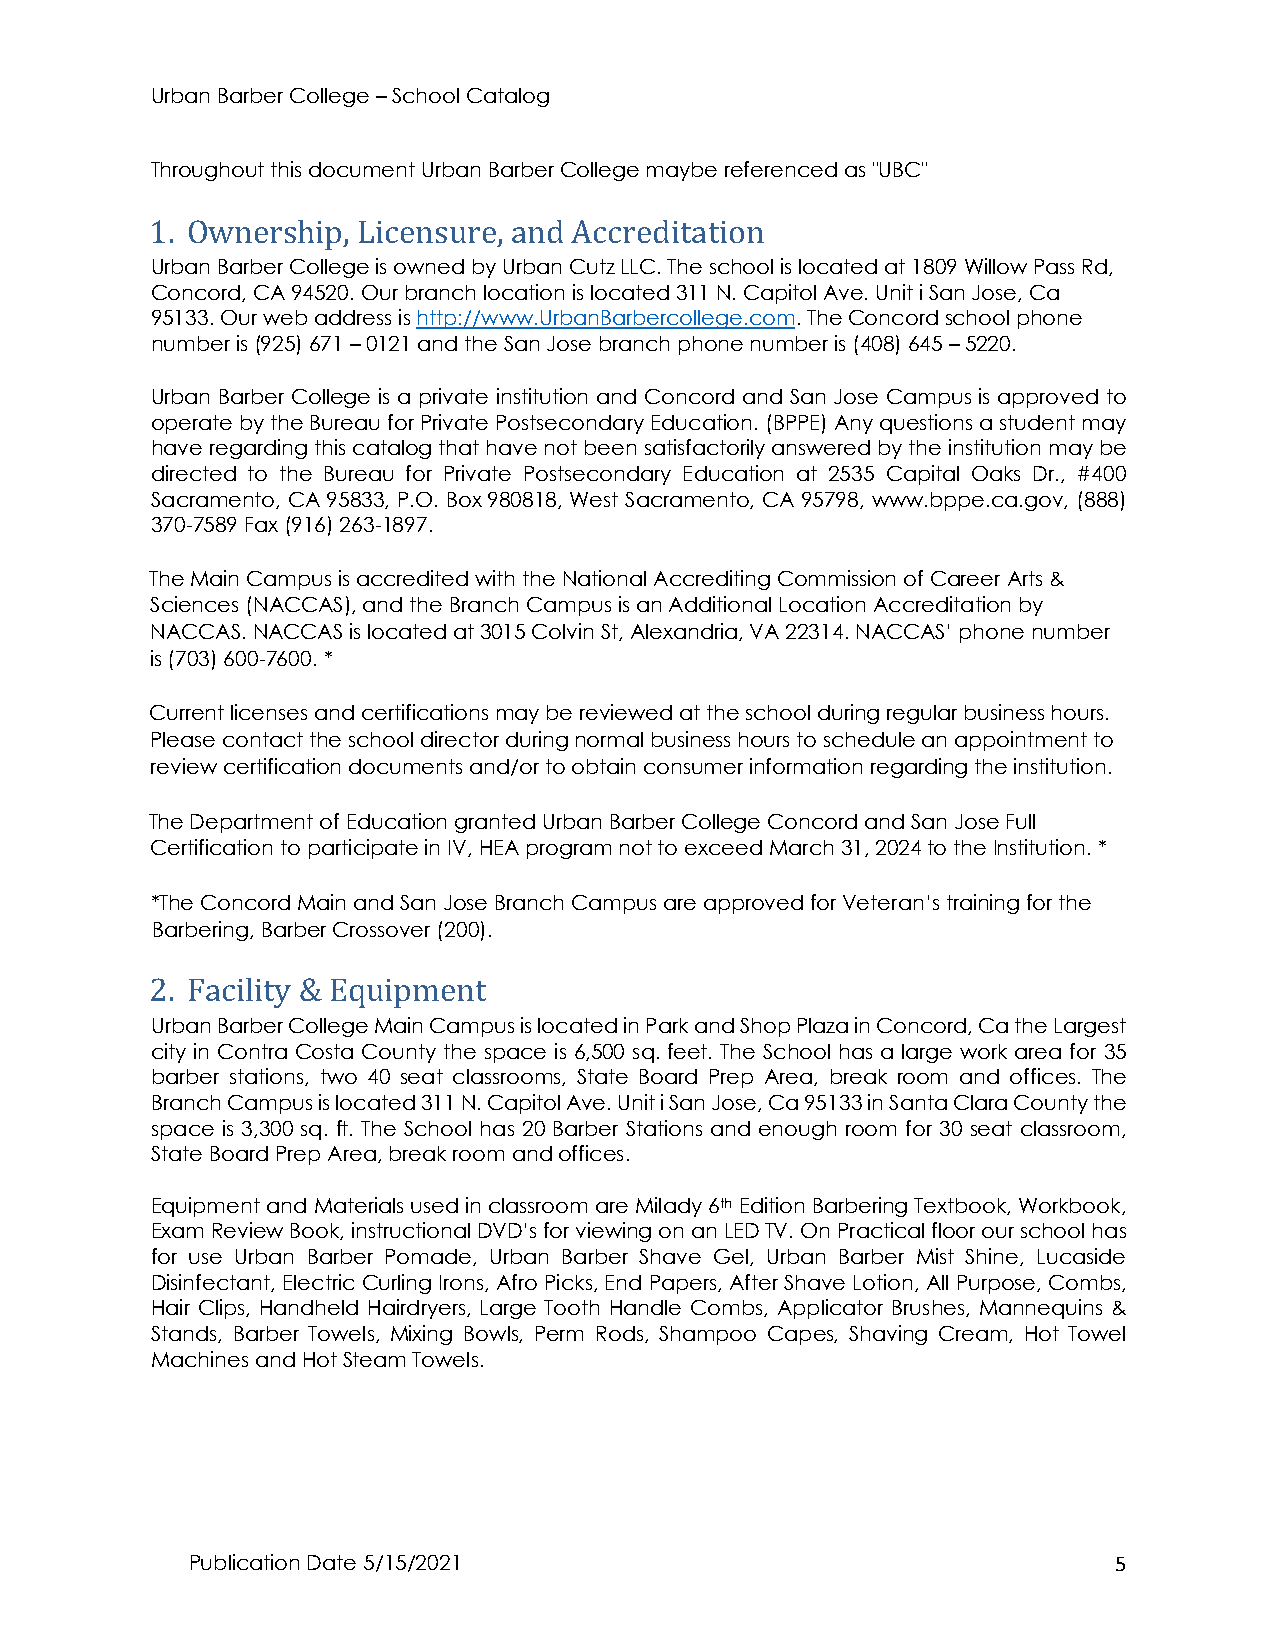
Urban Barber College – School Catalog
 Throughout this document Urban Barber College maybe referenced as "UBC"
 1. Ownership, Licensure, and Accreditation
 Urban Barber College is owned by Urban Cutz LLC. The school is located at 1809 Willow Pass Rd,
 Concord, CA 94520. Our branch location is located 311 N. Capitol Ave. Unit i San Jose, Ca
 95133. Our web address is http://www.UrbanBarbercollege.com. The Concord school phone
 number is (925) 671 – 0121 and the San Jose branch phone number is (408) 645 – 5220.
 Urban Barber College is a private institution and Concord and San Jose Campus is approved to
 operate by the Bureau for Private Postsecondary Education. (BPPE) Any questions a student may
 have regarding this catalog that have not been satisfactorily answered by the institution may be
 directed to the Bureau for Private Postsecondary Education at 2535 Capital Oaks Dr., #400
 Sacramento, CA 95833, P.O. Box 980818, West Sacramento, CA 95798, www.bppe.ca.gov, (888)
 370-7589 Fax (916) 263-1897.
 The Main Campus is accredited with the National Accrediting Commission of Career Arts &
 Sciences (NACCAS), and the Branch Campus is an Additional Location Accreditation by
 NACCAS. NACCAS is located at 3015 Colvin St, Alexandria, VA 22314. NACCAS’ phone number
 is (703) 600-7600. *
 Current licenses and certifications may be reviewed at the school during regular business hours.
 Please contact the school director during normal business hours to schedule an appointment to
 review certification documents and/or to obtain consumer information regarding the institution.
 The Department of Education granted Urban Barber College Concord and San Jose Full
 Certification to participate in IV, HEA program not to exceed March 31, 2024 to the Institution. *
 *The Concord Main and San Jose Branch Campus are approved for Veteran’s training for the
 Barbering, Barber Crossover (200).
 2. Facility & Equipment
 Urban Barber College Main Campus is located in Park and Shop Plaza in Concord, Ca the Largest
 city in Contra Costa County the space is 6,500 sq. feet. The School has a large work area for 35
 barber stations, two 40 seat classrooms, State Board Prep Area, break room and offices. The
 Branch Campus is located 311 N. Capitol Ave. Unit i San Jose, Ca 95133 in Santa Clara County the
 space is 3,300 sq. ft. The School has 20 Barber Stations and enough room for 30 seat classroom,
 State Board Prep Area, break room and offices.
 Equipment and Materials used in classroom are Milady 6th Edition Barbering Textbook, Workbook,
 Exam Review Book, instructional DVD’s for viewing on an LED TV. On Practical floor our school has
 for use Urban Barber Pomade, Urban Barber Shave Gel, Urban Barber Mist Shine, Lucaside
 Disinfectant, Electric Curling Irons, Afro Picks, End Papers, After Shave Lotion, All Purpose, Combs,
 Hair Clips, Handheld Hairdryers, Large Tooth Handle Combs, Applicator Brushes, Mannequins &
 Stands, Barber Towels, Mixing Bowls, Perm Rods, Shampoo Capes, Shaving Cream, Hot Towel
 Machines and Hot Steam Towels.
 Publication Date 5/15/2021                                    5